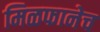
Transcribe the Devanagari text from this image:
मिळफानेच